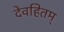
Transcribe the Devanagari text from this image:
देवहितम्